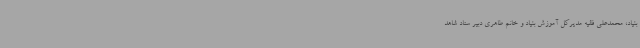
بنیاد، محمدعلی فقیه مدیرکل آموزش بنیاد و خانم طاهری دبیر ستاد شاهد